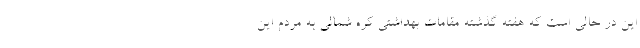
این در حالی است که هفته گذشته مقامات بهداشتی کره شمالی به مردم این